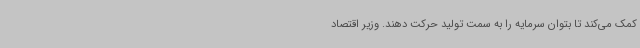
کمک می‌کند تا بتوان سرمایه را به سمت تولید حرکت دهند. وزیر اقتصاد